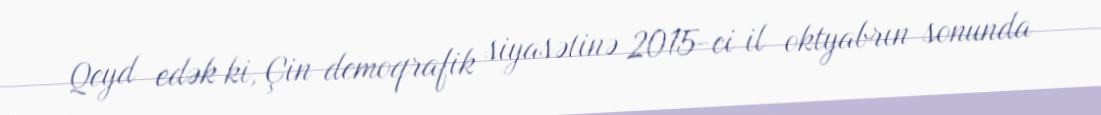
Qeyd edək ki, Çin demoqrafik siyasətinə 2015-ci il oktyabrın sonunda